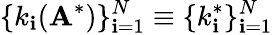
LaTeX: \{ k_{\mathbf{i}}(\mathbf{{A}}^{*})\} _{\mathbf{i}=1}^{N}\equiv\{ k_{\mathbf{i}}^{*}\} _{\mathbf{i}=1}^{N}